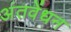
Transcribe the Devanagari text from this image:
अंतवेंधन